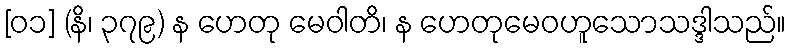
[၀၁] (နိ၊ ၃၇၉) န ဟေတု မေဝါတိ၊ န ဟေတုမေဝဟူသောသဒ္ဒါသည်။